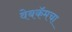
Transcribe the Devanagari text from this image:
वेबकॅमचा